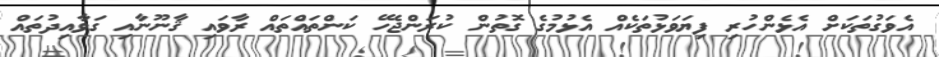
އެވަގުތަކަށް އެޅެންހުރި ފިޔަވަޅުތަކެއް އެޅުމުގެ ގޮތުން ކުރަންޖެހޭ ކަންތައްތައް ރާވައި ޤާނޫނާއި ގަވާއިދުތައް